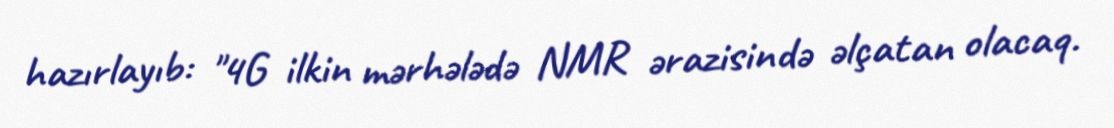
hazırlayıb: "4G ilkin mərhələdə NMR ərazisində əlçatan olacaq.